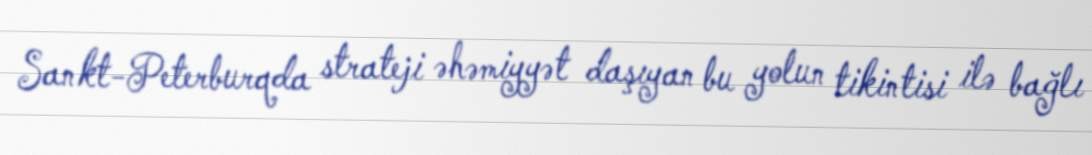
Sankt-Peterburqda strateji əhəmiyyət daşıyan bu yolun tikintisi ilə bağlı